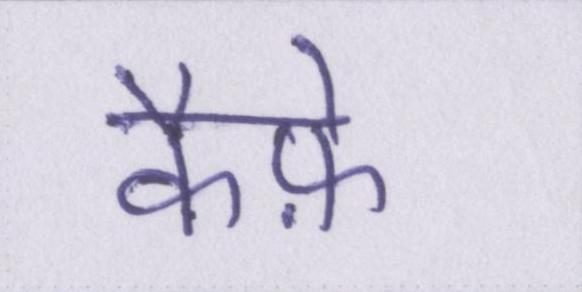
कैफ़े